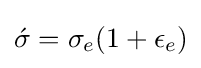
{\textstyle {\acute {\sigma }}=\sigma _{e}(1+\epsilon _{e})}